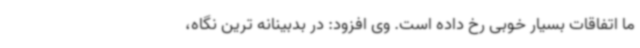
ما اتفاقات بسیار خوبی رخ داده است. وی افزود: در بدبینانه ترین نگاه،